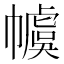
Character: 𪩽